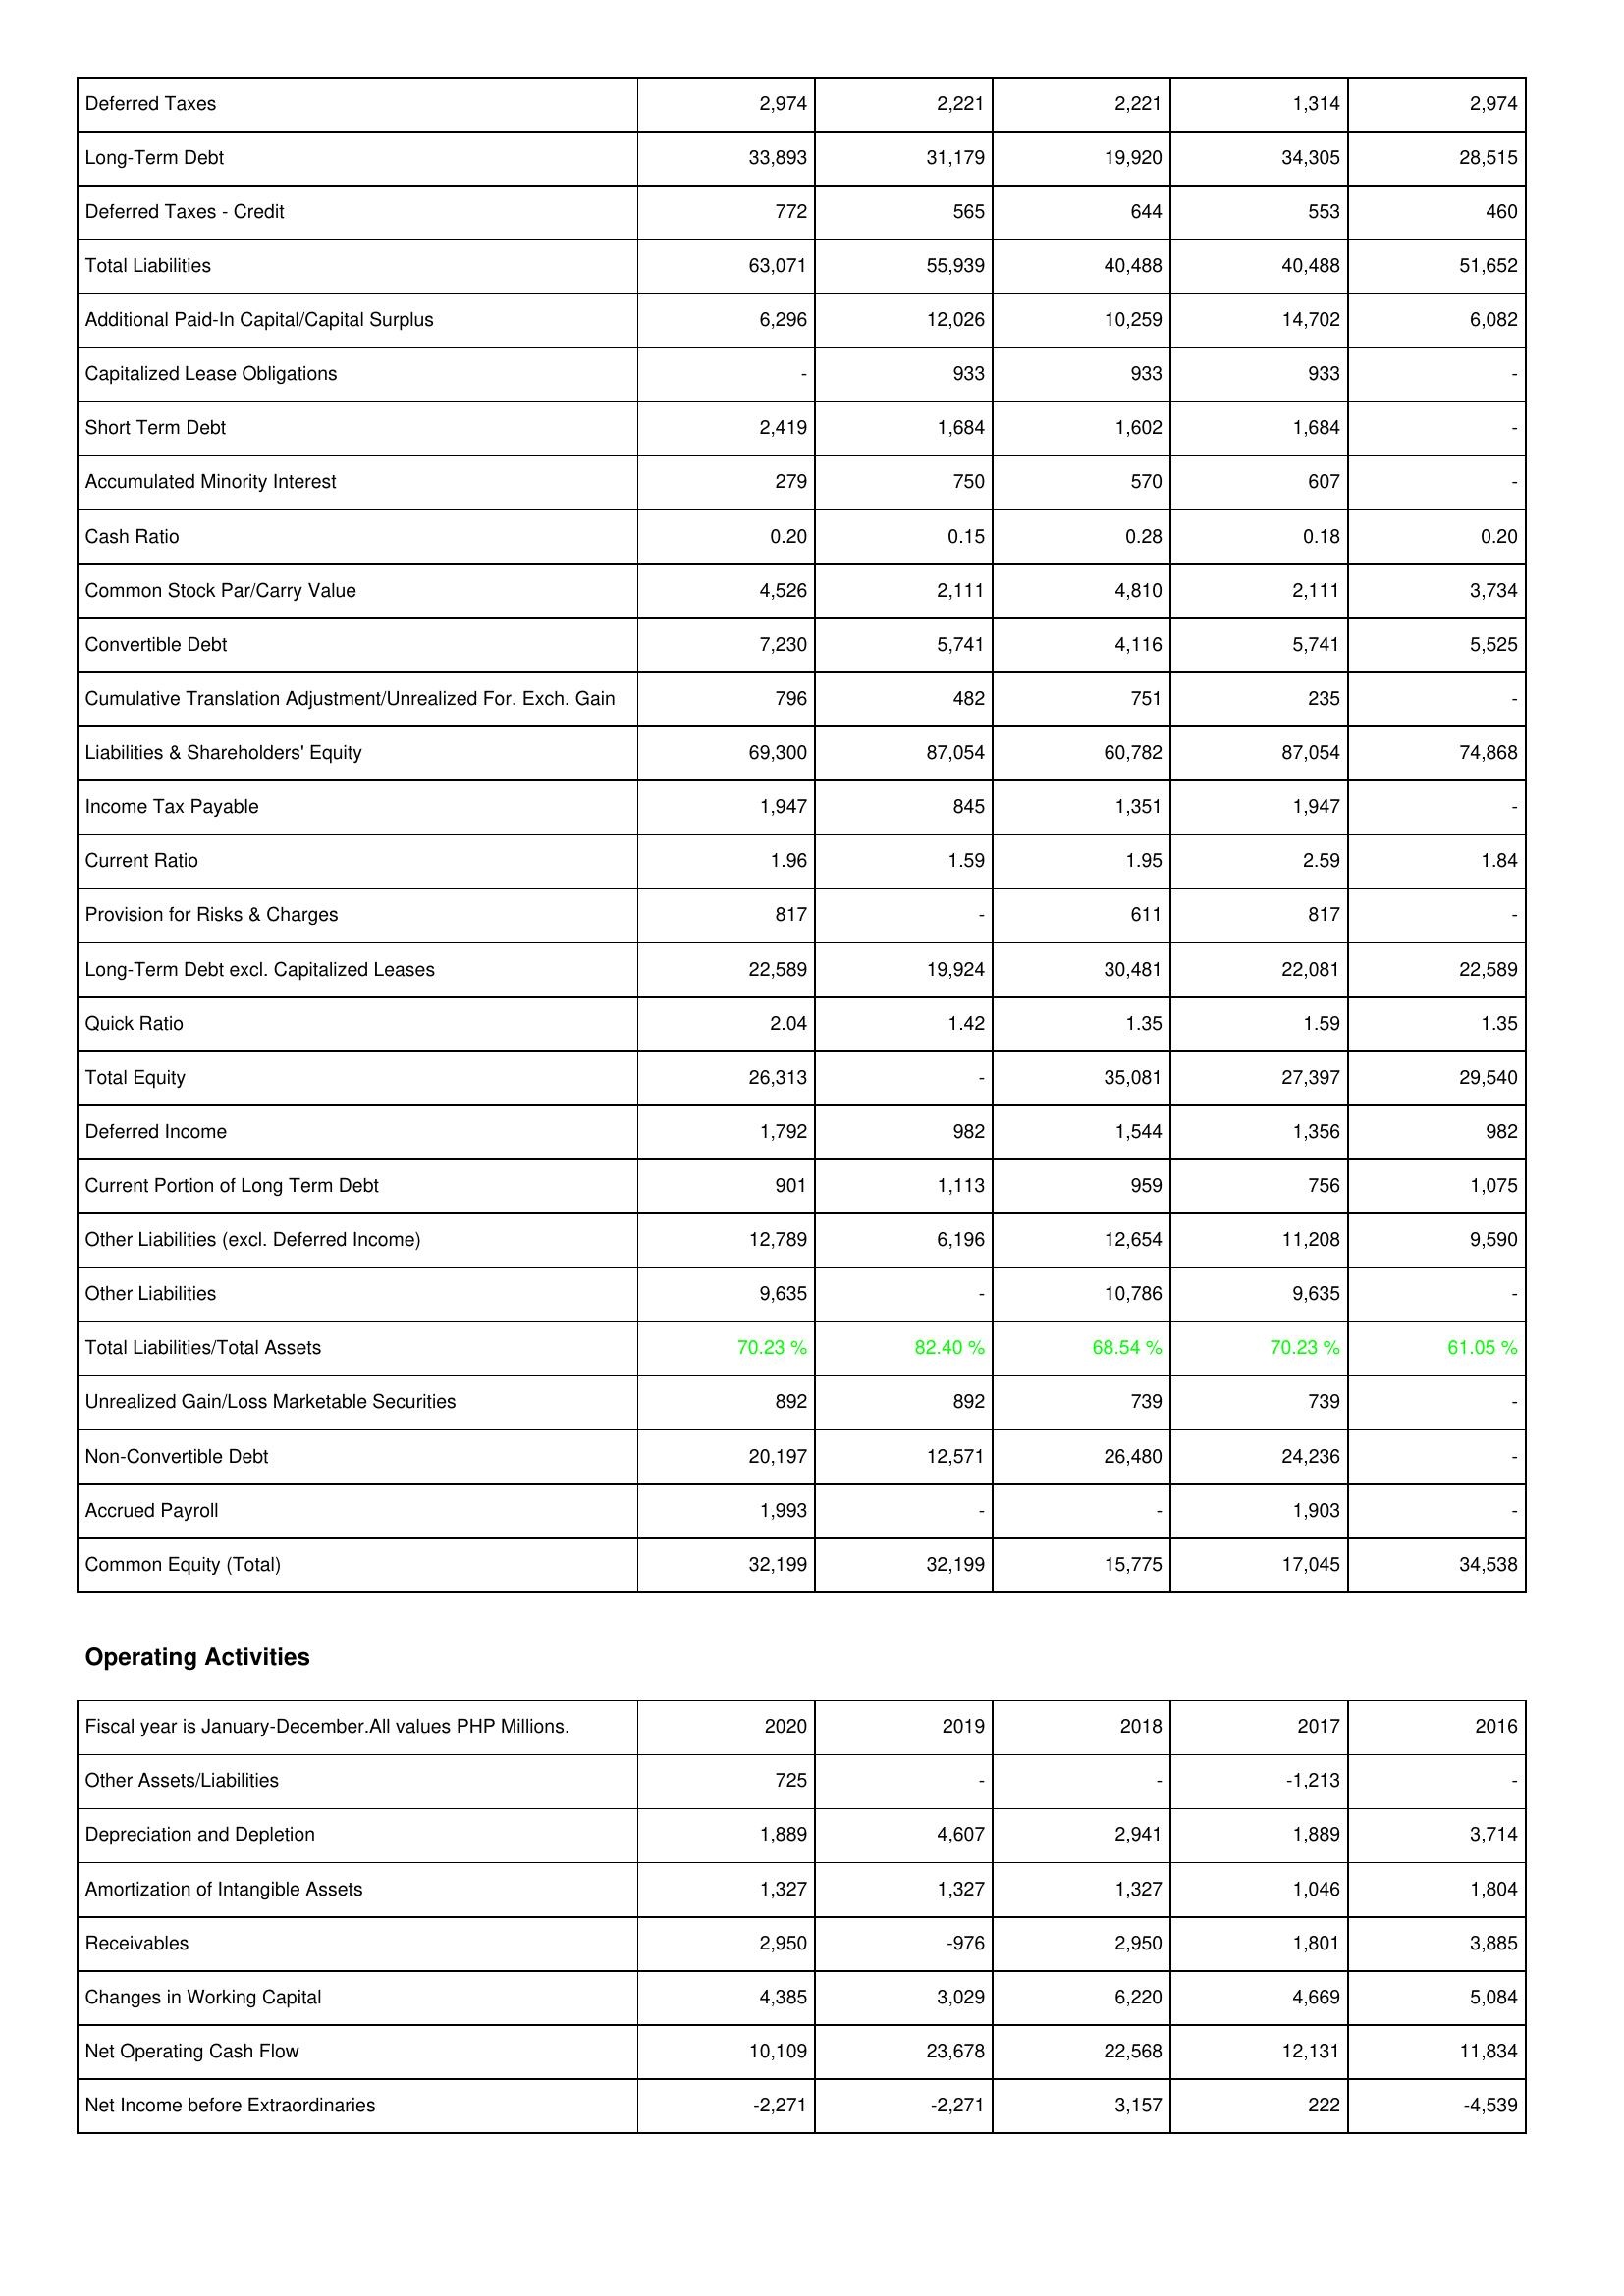
2020: Liabilities & Shareholders' Equity: Deferred Taxes: 2,974
Long-Term Debt: 33,893
Deferred Taxes - Credit: 772
Total Liabilities: 63,071
Additional Paid-In Capital/Capital Surplus: 6,296
Capitalized Lease Obligations: -
Short Term Debt: 2,419
Accumulated Minority Interest: 279
Cash Ratio: 0.20
Common Stock Par/Carry Value: 4,526
Convertible Debt: 7,230
Cumulative Translation Adjustment/Unrealized For. Exch. Gain: 796
Liabilities & Shareholders' Equity: 69,300
Income Tax Payable: 1,947
Current Ratio: 1.96
Provision for Risks & Charges: 817
Long-Term Debt excl. Capitalized Leases: 22,589
Quick Ratio: 2.04
Total Equity: 26,313
Deferred Income: 1,792
Current Portion of Long Term Debt: 901
Other Liabilities (excl. Deferred Income): 12,789
Other Liabilities: 9,635
Total Liabilities/Total Assets: 70.23 %
Unrealized Gain/Loss Marketable Securities: 892
Non-Convertible Debt: 20,197
Accrued Payroll: 1,993
Common Equity (Total): 32,199
Operating Activities: Other Assets/Liabilities: 725
Depreciation and Depletion: 1,889
Amortization of Intangible Assets: 1,327
Receivables: 2,950
Changes in Working Capital: 4,385
Net Operating Cash Flow: 10,109
Net Income before Extraordinaries: -2,271
2019: Liabilities & Shareholders' Equity: Deferred Taxes: 2,221
Long-Term Debt: 31,179
Deferred Taxes - Credit: 565
Total Liabilities: 55,939
Additional Paid-In Capital/Capital Surplus: 12,026
Capitalized Lease Obligations: 933
Short Term Debt: 1,684
Accumulated Minority Interest: 750
Cash Ratio: 0.15
Common Stock Par/Carry Value: 2,111
Convertible Debt: 5,741
Cumulative Translation Adjustment/Unrealized For. Exch. Gain: 482
Liabilities & Shareholders' Equity: 87,054
Income Tax Payable: 845
Current Ratio: 1.59
Provision for Risks & Charges: -
Long-Term Debt excl. Capitalized Leases: 19,924
Quick Ratio: 1.42
Total Equity: -
Deferred Income: 982
Current Portion of Long Term Debt: 1,113
Other Liabilities (excl. Deferred Income): 6,196
Other Liabilities: -
Total Liabilities/Total Assets: 82.40 %
Unrealized Gain/Loss Marketable Securities: 892
Non-Convertible Debt: 12,571
Accrued Payroll: -
Common Equity (Total): 32,199
Operating Activities: Other Assets/Liabilities: -
Depreciation and Depletion: 4,607
Amortization of Intangible Assets: 1,327
Receivables: -976
Changes in Working Capital: 3,029
Net Operating Cash Flow: 23,678
Net Income before Extraordinaries: -2,271
2018: Liabilities & Shareholders' Equity: Deferred Taxes: 2,221
Long-Term Debt: 19,920
Deferred Taxes - Credit: 644
Total Liabilities: 40,488
Additional Paid-In Capital/Capital Surplus: 10,259
Capitalized Lease Obligations: 933
Short Term Debt: 1,602
Accumulated Minority Interest: 570
Cash Ratio: 0.28
Common Stock Par/Carry Value: 4,810
Convertible Debt: 4,116
Cumulative Translation Adjustment/Unrealized For. Exch. Gain: 751
Liabilities & Shareholders' Equity: 60,782
Income Tax Payable: 1,351
Current Ratio: 1.95
Provision for Risks & Charges: 611
Long-Term Debt excl. Capitalized Leases: 30,481
Quick Ratio: 1.35
Total Equity: 35,081
Deferred Income: 1,544
Current Portion of Long Term Debt: 959
Other Liabilities (excl. Deferred Income): 12,654
Other Liabilities: 10,786
Total Liabilities/Total Assets: 68.54 %
Unrealized Gain/Loss Marketable Securities: 739
Non-Convertible Debt: 26,480
Accrued Payroll: -
Common Equity (Total): 15,775
Operating Activities: Other Assets/Liabilities: -
Depreciation and Depletion: 2,941
Amortization of Intangible Assets: 1,327
Receivables: 2,950
Changes in Working Capital: 6,220
Net Operating Cash Flow: 22,568
Net Income before Extraordinaries: 3,157
2017: Liabilities & Shareholders' Equity: Deferred Taxes: 1,314
Long-Term Debt: 34,305
Deferred Taxes - Credit: 553
Total Liabilities: 40,488
Additional Paid-In Capital/Capital Surplus: 14,702
Capitalized Lease Obligations: 933
Short Term Debt: 1,684
Accumulated Minority Interest: 607
Cash Ratio: 0.18
Common Stock Par/Carry Value: 2,111
Convertible Debt: 5,741
Cumulative Translation Adjustment/Unrealized For. Exch. Gain: 235
Liabilities & Shareholders' Equity: 87,054
Income Tax Payable: 1,947
Current Ratio: 2.59
Provision for Risks & Charges: 817
Long-Term Debt excl. Capitalized Leases: 22,081
Quick Ratio: 1.59
Total Equity: 27,397
Deferred Income: 1,356
Current Portion of Long Term Debt: 756
Other Liabilities (excl. Deferred Income): 11,208
Other Liabilities: 9,635
Total Liabilities/Total Assets: 70.23 %
Unrealized Gain/Loss Marketable Securities: 739
Non-Convertible Debt: 24,236
Accrued Payroll: 1,903
Common Equity (Total): 17,045
Operating Activities: Other Assets/Liabilities: -1,213
Depreciation and Depletion: 1,889
Amortization of Intangible Assets: 1,046
Receivables: 1,801
Changes in Working Capital: 4,669
Net Operating Cash Flow: 12,131
Net Income before Extraordinaries: 222
2016: Liabilities & Shareholders' Equity: Deferred Taxes: 2,974
Long-Term Debt: 28,515
Deferred Taxes - Credit: 460
Total Liabilities: 51,652
Additional Paid-In Capital/Capital Surplus: 6,082
Capitalized Lease Obligations: -
Short Term Debt: -
Accumulated Minority Interest: -
Cash Ratio: 0.20
Common Stock Par/Carry Value: 3,734
Convertible Debt: 5,525
Cumulative Translation Adjustment/Unrealized For. Exch. Gain: -
Liabilities & Shareholders' Equity: 74,868
Income Tax Payable: -
Current Ratio: 1.84
Provision for Risks & Charges: -
Long-Term Debt excl. Capitalized Leases: 22,589
Quick Ratio: 1.35
Total Equity: 29,540
Deferred Income: 982
Current Portion of Long Term Debt: 1,075
Other Liabilities (excl. Deferred Income): 9,590
Other Liabilities: -
Total Liabilities/Total Assets: 61.05 %
Unrealized Gain/Loss Marketable Securities: -
Non-Convertible Debt: -
Accrued Payroll: -
Common Equity (Total): 34,538
Operating Activities: Other Assets/Liabilities: -
Depreciation and Depletion: 3,714
Amortization of Intangible Assets: 1,804
Receivables: 3,885
Changes in Working Capital: 5,084
Net Operating Cash Flow: 11,834
Net Income before Extraordinaries: -4,539